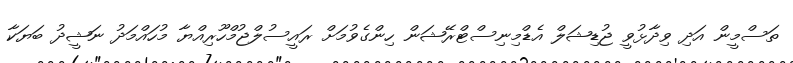
ތަސްމީން އަދި ވިދާޅުވީ ޖުޑިޝަލް އެޑްމިނިސްޓްރޭޝަން ހިންގެވުމަށް ރައީސުލްޖުމްހޫރިއްޔާ މުހައްމަދު ނަޝީދު ބަޔަކާ